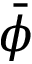
\bar { \phi }